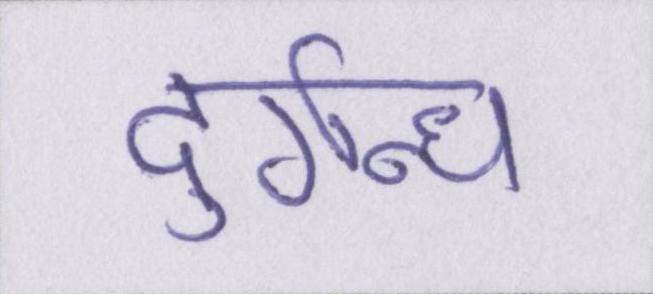
दुर्गन्ध